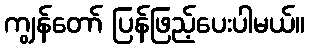
ကျွန်တော် ပြန်ဖြည့်ပေးပါမယ်။